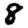
Digit: 8